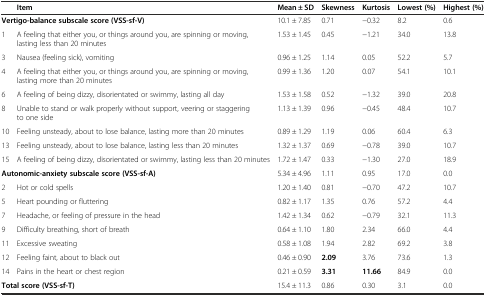
<table><thead><tr><td></td><td><b>Item</b></td><td><b>Mean ± SD</b></td><td><b>Skewness</b></td><td><b>Kurtosis</b></td><td><b>Lowest (%)</b></td><td><b>Highest (%)</b></td></tr></thead><tbody><tr><td colspan="2"><b>Vertigo-balance subscale score (VSS-sf-V)</b></td><td>10.1 ± 7.85</td><td>0.71</td><td>−0.32</td><td>8.2</td><td>0.6</td></tr><tr><td>1</td><td>A feeling that either you, or things around you, are spinning or moving, lasting less than 20 minutes</td><td>1.53 ± 1.45</td><td>0.45</td><td>−1.21</td><td>34.0</td><td>13.8</td></tr><tr><td>3</td><td>Nausea (feeling sick), vomiting</td><td>0.96 ± 1.25</td><td>1.14</td><td>0.05</td><td>52.2</td><td>5.7</td></tr><tr><td>4</td><td>A feeling that either you, or things around you, are spinning or moving, lasting more than 20 minutes</td><td>0.99 ± 1.36</td><td>1.20</td><td>0.07</td><td>54.1</td><td>10.1</td></tr><tr><td>6</td><td>A feeling of being dizzy, disorientated or swimmy, lasting all day</td><td>1.53 ± 1.58</td><td>0.52</td><td>−1.32</td><td>39.0</td><td>20.8</td></tr><tr><td>8</td><td>Unable to stand or walk properly without support, veering or staggering to one side</td><td>1.13 ± 1.39</td><td>0.96</td><td>−0.45</td><td>48.4</td><td>10.7</td></tr><tr><td>10</td><td>Feeling unsteady, about to lose balance, lasting more than 20 minutes</td><td>0.89 ± 1.29</td><td>1.19</td><td>0.06</td><td>60.4</td><td>6.3</td></tr><tr><td>13</td><td>Feeling unsteady, about to lose balance, lasting less than 20 minutes</td><td>1.32 ± 1.37</td><td>0.69</td><td>−0.78</td><td>39.0</td><td>10.7</td></tr><tr><td>15</td><td>A feeling of being dizzy, disorientated or swimmy, lasting less than 20 minutes</td><td>1.72 ± 1.47</td><td>0.33</td><td>−1.30</td><td>27.0</td><td>18.9</td></tr><tr><td colspan="2"><b>Autonomic-anxiety subscale score (VSS-sf-A)</b></td><td>5.34 ± 4.96</td><td>1.11</td><td>0.95</td><td>17.0</td><td>0.0</td></tr><tr><td>2</td><td>Hot or cold spells</td><td>1.20 ± 1.40</td><td>0.81</td><td>−0.70</td><td>47.2</td><td>10.7</td></tr><tr><td>5</td><td>Heart pounding or fluttering</td><td>0.82 ± 1.17</td><td>1.35</td><td>0.76</td><td>57.2</td><td>4.4</td></tr><tr><td>7</td><td>Headache, or feeling of pressure in the head</td><td>1.42 ± 1.34</td><td>0.62</td><td>−0.79</td><td>32.1</td><td>11.3</td></tr><tr><td>9</td><td>Difficulty breathing, short of breath</td><td>0.64 ± 1.10</td><td>1.80</td><td>2.34</td><td>66.0</td><td>4.4</td></tr><tr><td>11</td><td>Excessive sweating</td><td>0.58 ± 1.08</td><td>1.94</td><td>2.82</td><td>69.2</td><td>3.8</td></tr><tr><td>12</td><td>Feeling faint, about to black out</td><td>0.46 ± 0.90</td><td><b>2.09</b></td><td>3.76</td><td>73.6</td><td>1.3</td></tr><tr><td>14</td><td>Pains in the heart or chest region</td><td>0.21 ± 0.59</td><td><b>3.31</b></td><td><b>11.66</b></td><td>84.9</td><td>0.0</td></tr><tr><td colspan="2"><b>Total score (VSS-sf-T)</b></td><td>15.4 ± 11.3</td><td>0.86</td><td>0.30</td><td>3.1</td><td>0.0</td></tr></tbody></table>